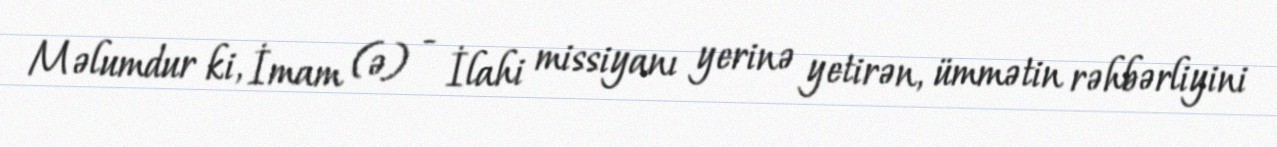
Məlumdur ki, İmam (ə) - İlahi missiyanı yerinə yetirən, ümmətin rəhbərliyini